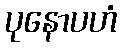
ပုနောပဟံ